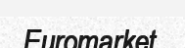
Euromarket